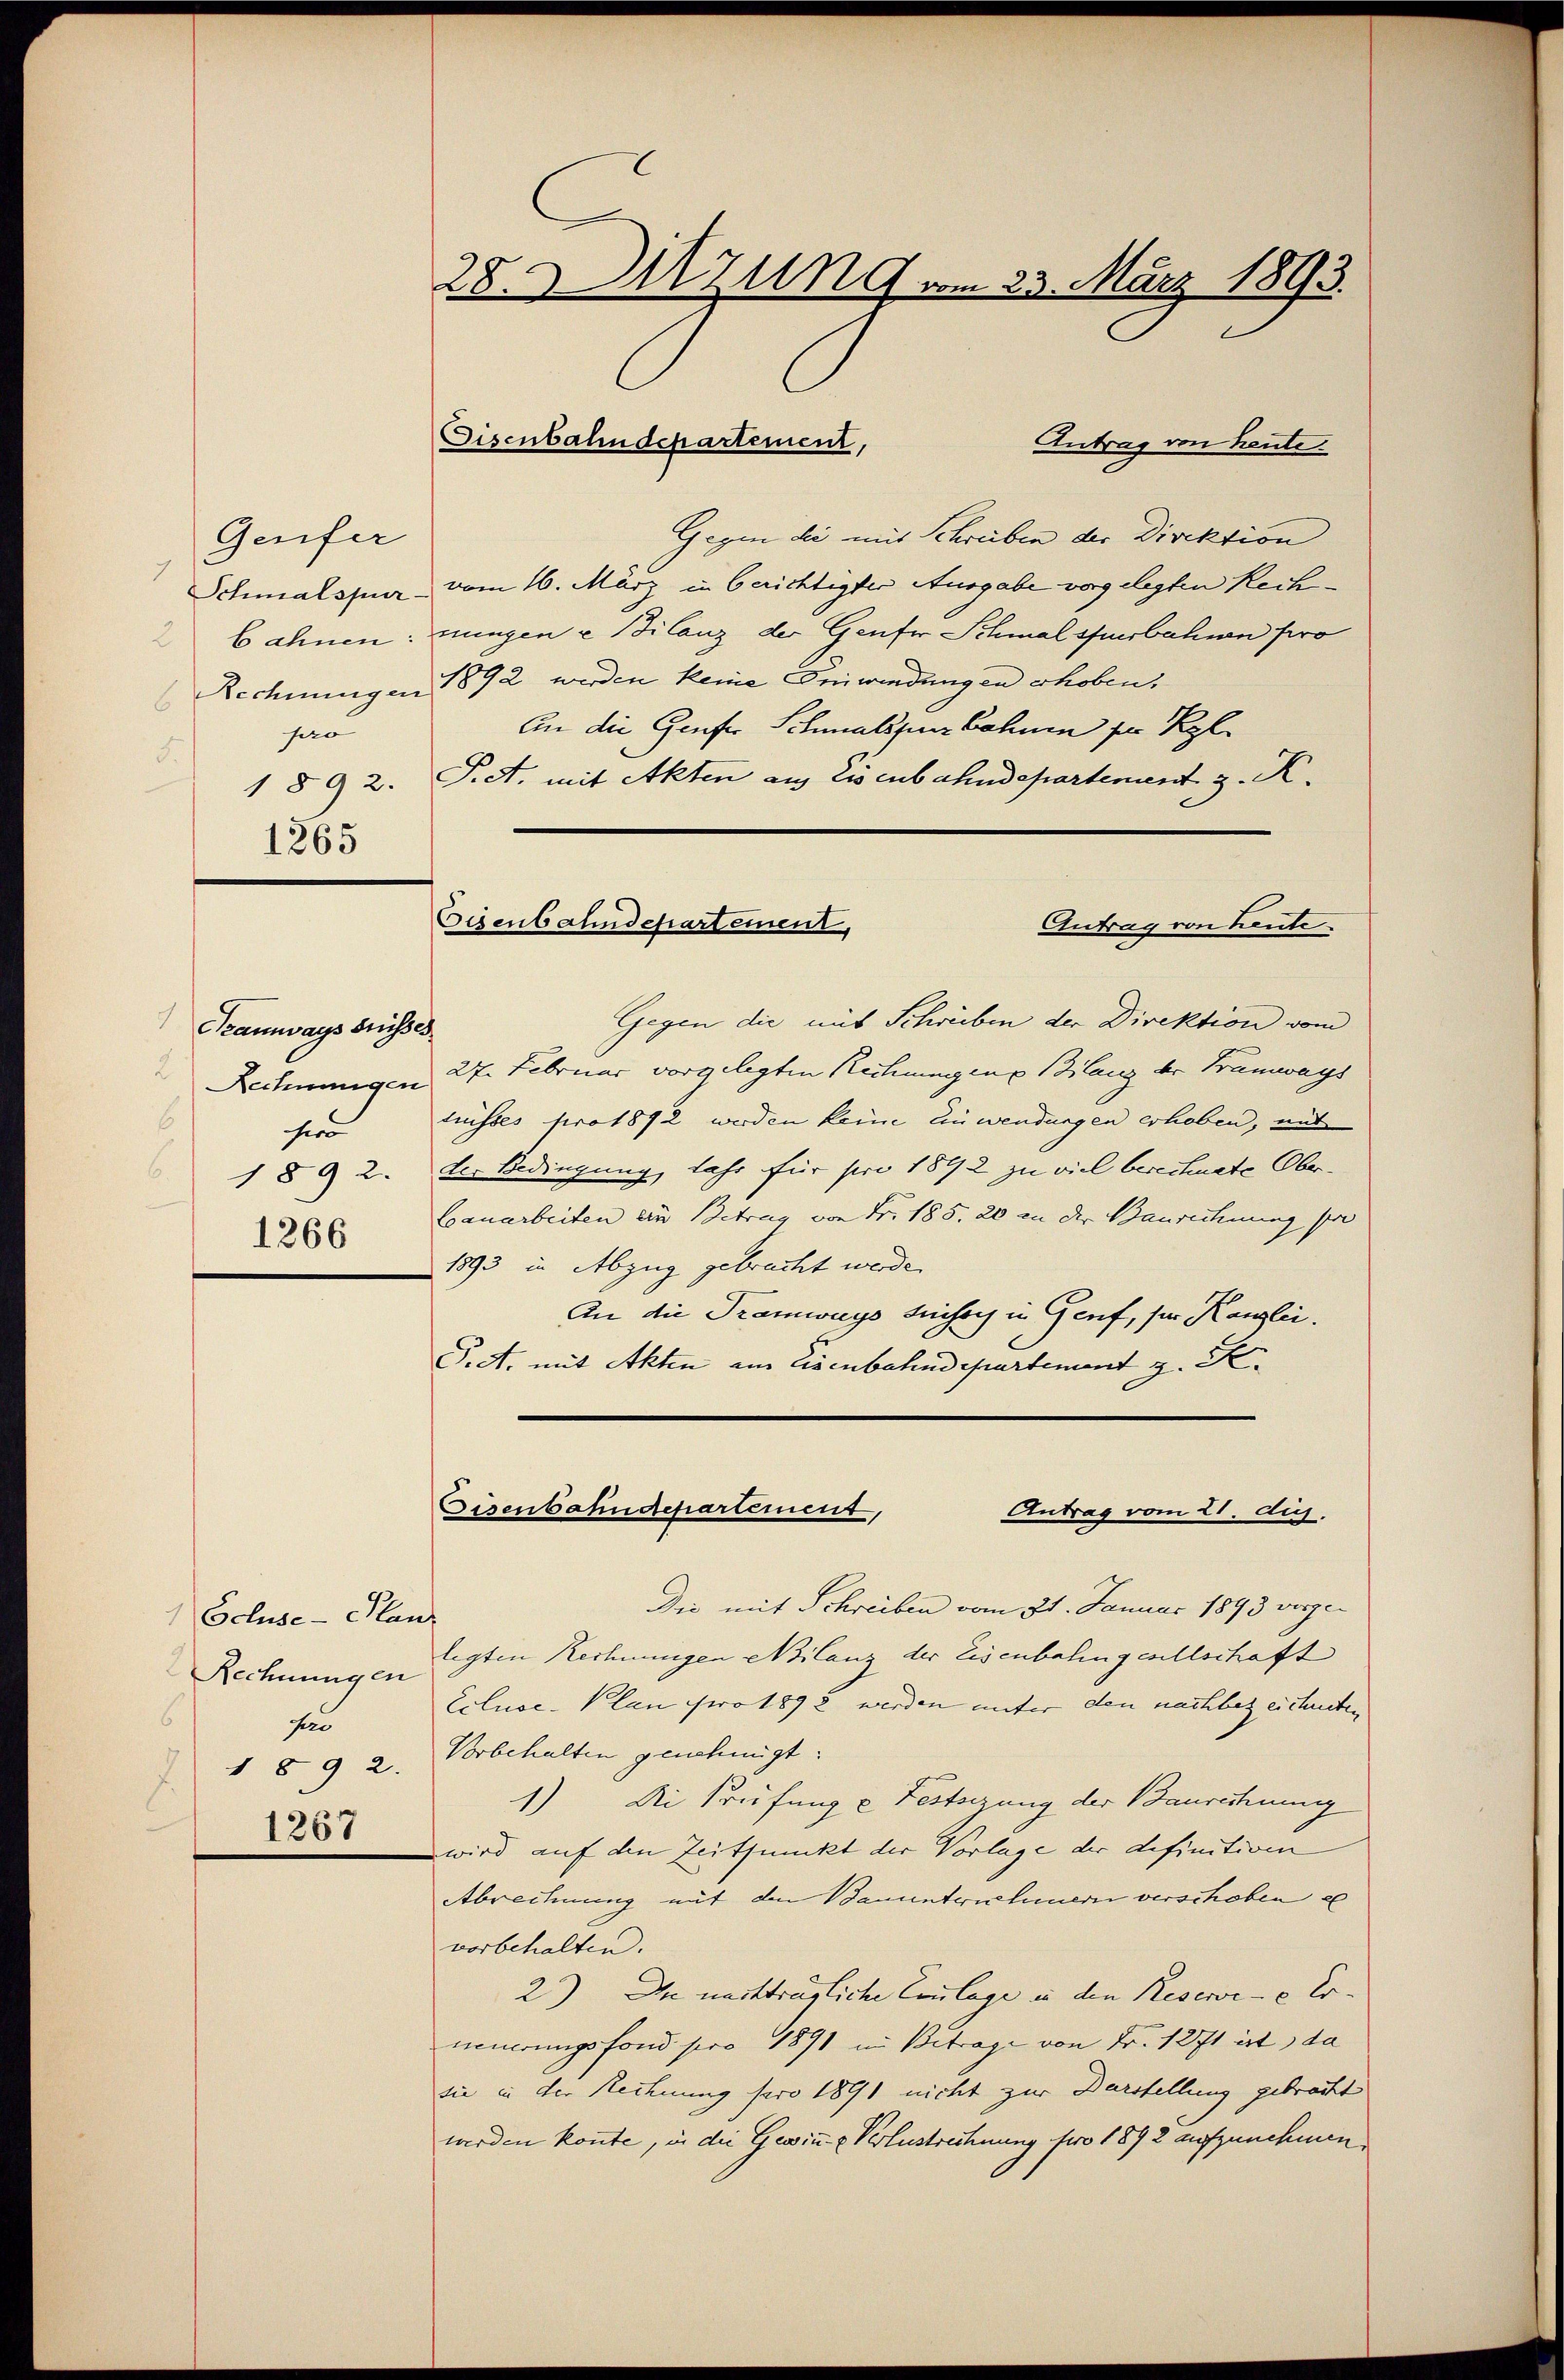
Antrag von heute.
Gegen die mit Schreiben der Direktion
Schmalspur vom 16. März in berichtigter Ausgabe vorgelegten Rechbahnen: nungen u. Bilanz der Genfer Schmalspurbahnen pro
Rechnungen 1892 werden keine Einwendungen erhoben.
An die Genfer Schmalsperr Bahnen der Kgl
hao
F.
1 § 92. P.S. mit Akten aus Eisenbahndepartenant z. K.
Eisenbahndepartement,
Antrag von heute
Gegen die mit Schreiben der Direktion vom
Sramways Suisses
2
Rechnungen 27. Februar vorgelegten Rechnungen Bilanz der Tramways
trisses pro 1872 werden keine einwendungen erhoben, mit
6
hie
1 § 92. Der Bedingung, Jahr für pro 1892 zu viel berechnete Ober¬
Cauarbeiten ein Betrag von Fr. 185. 20 an der Baurechnung sei
1266
1893 in Abzug gebracht werde.
An die Tramways Sicher in Genf, für Kanzlei.
P.A. mit Akten am Eisenbahndepartement z. K.

Genfer

28. Sitzung vom 23. März 1893.

1265

Schuse-Pflanz
Rechnungen
sa
1892.
1267

isenbahndepartement,

Eisenbahndepartement,
Antrag vom 21. Auj.

Die mit Schreiben vom 21. Januar 1893 vorgelegten Rechnungen Milanz der Eisenbahngesellschaft
Ecluse-Plan pro 1892 werden unter den nachbezeichneten
Vorbehalten genehmigt:
1) Di Prüfung u Festeigung der Baurechnung
wird auf den Zeitpunkt der Vorlage der definitiven
Abrechnung mit den Bauunterscheuern verschoben e
vorbehalten.
2) Da nachträgliche Coulage in den Reserve- e Erneuerungsfond pro 1891 in Betrage von Fr. 1271 ist, da
sie in der Rechnung sero 1891 nicht zur Darstellung gebracht
werden konnte, in die Gewinn & Verlustrechnung füro 1892 aufzunehmen